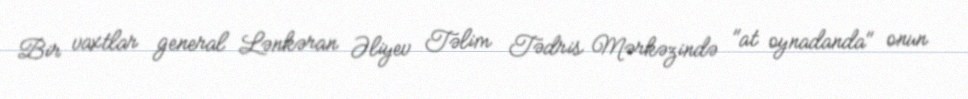
Bir vaxtlar general Lənkəran Əliyev Təlim Tədris Mərkəzində "at oynadanda" onun